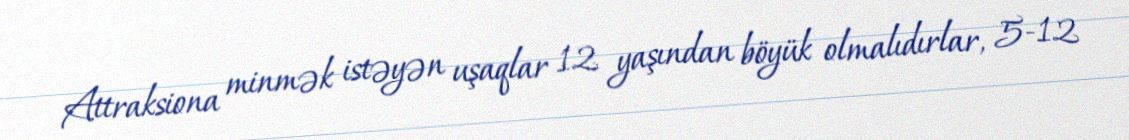
Attraksiona minmək istəyən uşaqlar 12 yaşından böyük olmalıdırlar, 5-12